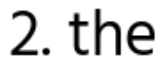
2. the